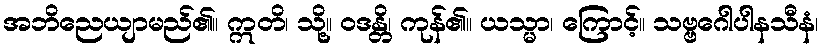
အဘိညေယျာမည်၏။ ဣတိ၊ သို့။ ဝဒန္တိ၊ ကုန်၏။ ယသ္မာ၊ ကြောင့်။ သဗ္ဗဂေါပါနသီနံ၊